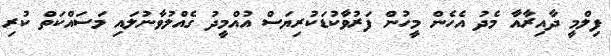
ފިލްމީ ދާއިރާއާ މެދު އެހެން މީހުން ފަރުވާކުޑަކުރިޔަސް އުއްމީދު ގެއްލުވާނުލައި މަސައްކަތް ކުރި